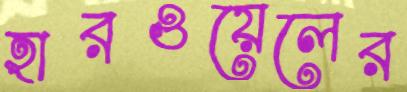
হারওয়েলের